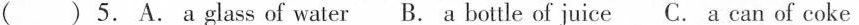
( ) 5. A.a glass of water B. a bottle of juice C. a can of coke